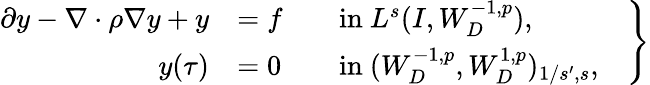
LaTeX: \begin{array}{r}{\left.\begin{array}{rlrl}{\partial y-\nabla\cdot\rho\nabla y+y}&{=f}&&{\mathrm{in~}L^{s}(I,W_{D}^{-1,p}),}\\ {y(\tau)}&{=0}&&{\mathrm{in~}(W_{D}^{-1,p},W_{D}^{1,p})_{1/s^{\prime},s},}\end{array}\quad\right\} }\end{array}